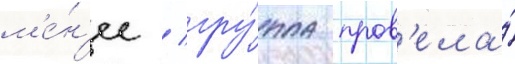
м'е́н'ее / гру́ппа пров'ела́